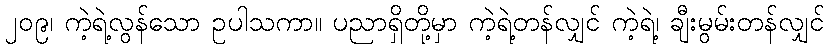
၂၀၉၊ ကဲ့ရဲ့လွန်သော ဥပါသကာ။ ပညာရှိတို့မှာ ကဲ့ရဲ့တန်လျှင် ကဲ့ရဲ့၊ ချီးမွမ်းတန်လျှင်